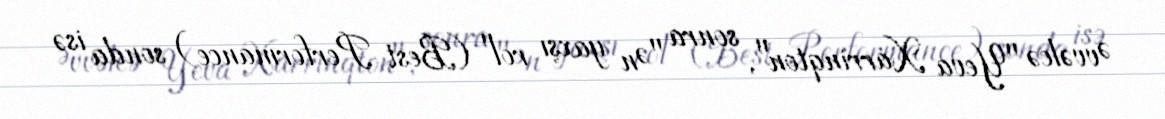
Əvvəlcə "Yeva Xarrinqton", sonra "Ən yaxşı rol" (Best Performance) sonda isə